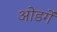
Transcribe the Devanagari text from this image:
ओडगें